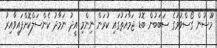
މޫސުން ގޯސްވުމުގެ ސަބަބުން ބޮޑު ޖަމާއަތުގައި ކުރަން ނިންމި އީދު ނަމާދު ކެންސަލްކޮށްފައިވާއިރު